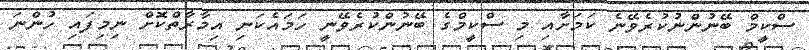
ސްކީމް ބޭނުންނުކުރެވޭނެ ކަމަށާއި މި ސްކީމްގެ ބޭނުންކުރެވޭނީ ހަމައެކަނި އިމާރާތްކޮށް ނިމިފައި ހުންނަ